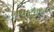
સયાજીરાવ